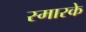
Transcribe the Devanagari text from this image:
स्‍मारके